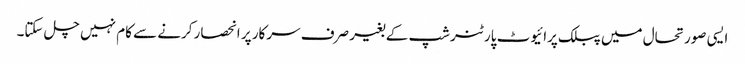
ایسی صورتحال میں پبلک پرائیوٹ پارٹنرشپ کے بغیر صرف سرکار پر انحصار کرنے سے کام نہیں چل سکتا۔